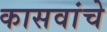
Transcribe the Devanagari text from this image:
कासवांचे